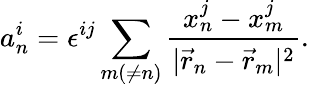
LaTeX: a_{n}^{i}=\epsilon^{ij}\sum_{m(\neq n)}\frac{x_{n}^{j}-x_{m}^{j}}{|\vec{r}_{n}-\vec{r}_{m}|^{2}}.